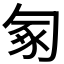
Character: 𠣥